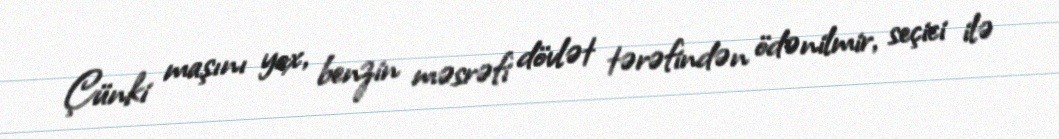
Çünki maşını yox, benzin məsrəfi dövlət tərəfindən ödənilmir, seçici ilə